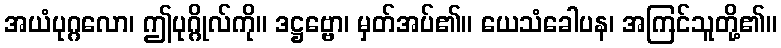
အယံပုဂ္ဂလော၊ ဤပုဂ္ဂိုလ်ကို။ ဒဋ္ဌဗ္ဗော၊ မှတ်အပ်၏။ ယေသံခေါပန၊ အကြင်သူတို့၏။